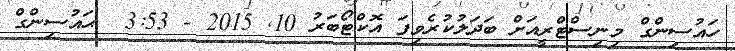
ހައުސިންގް މިނިސްޓްރީއަށް ބަދަލުކުރެވިފަ އޮކްޓޯބަރު 10